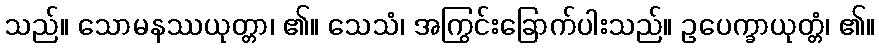
သည်။ သောမနဿယုတ္တာ၊ ၏။ သေသံ၊ အကြွင်းခြောက်ပါးသည်။ ဥပေက္ခာယုတ္တံ၊ ၏။